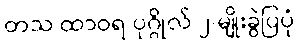
တသ ထာဝရ ပုဂ္ဂိုလ် ၂-မျိုးခွဲပြပုံ